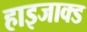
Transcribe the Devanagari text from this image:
हाइजाक्ड